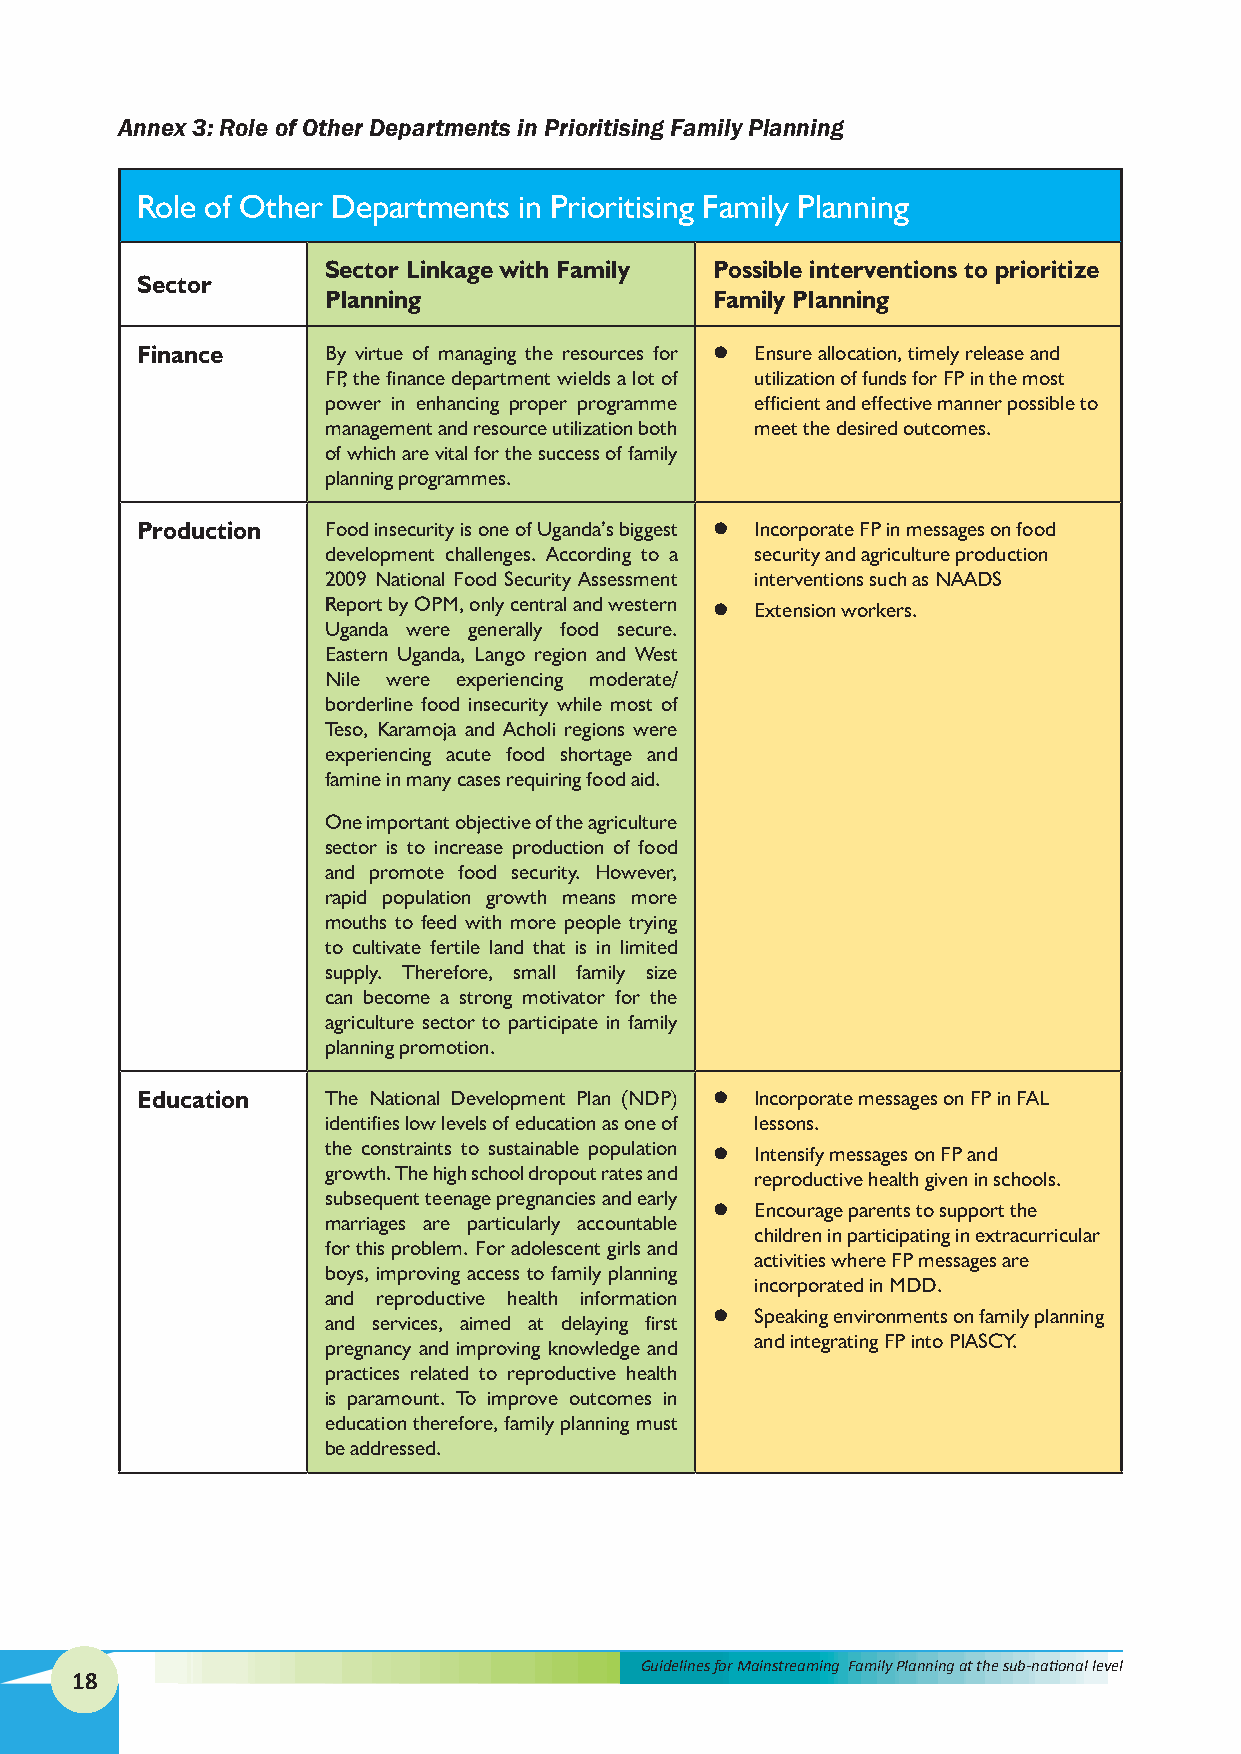
Annex 3: Role of Other Departments in Prioritising Family Planning
 Role of Other Departments in Prioritising Family Planning
 Sector Linkage with Family Possible interventions to prioritize
 Sector
 Planning                 Family Planning
 Finance      By virtue of managing the resources for l Ensure allocation, timely release and
 FP, the finance department wields a lot of utilization of funds for FP in the most
 power in enhancing proper programme efficient and effective manner possible to
 management and resource utilization both meet the desired outcomes.
 of which are vital for the success of family
 planning programmes.
 Production   Food insecurity is one of Uganda’s biggest l Incorporate FP in messages on food
 development challenges. According to a security and agriculture production
 2009 National Food Security Assessment interventions such as NAADS
 Report by OPM, only central and western l Extension workers.
 Uganda were generally food secure.
 Eastern Uganda, Lango region and West
 Nile were experiencing moderate/
 borderline food insecurity while most of
 Teso, Karamoja and Acholi regions were
 experiencing acute food shortage and
 famine in many cases requiring food aid.
 One important objective of the agriculture
 sector is to increase production of food
 and promote food security. However,
 rapid population growth means more
 mouths to feed with more people trying
 to cultivate fertile land that is in limited
 supply. Therefore, small family size
 can become a strong motivator for the
 agriculture sector to participate in family
 planning promotion.
 Education    The National Development Plan (NDP) l Incorporate messages on FP in FAL
 identifies low levels of education as one of lessons.
 the constraints to sustainable population l Intensify messages on FP and
 growth. The high school dropout rates and reproductive health given in schools.
 subsequent teenage pregnancies and early
 l  Encourage parents to support the
 marriages are particularly accountable
 children in participating in extracurricular
 for this problem. For adolescent girls and
 activities where FP messages are
 boys, improving access to family planning
 incorporated in MDD.
 and reproductive health information
 l  Speaking environments on family planning
 and services, aimed at delaying first
 and integrating FP into PIASCY.
 pregnancy and improving knowledge and
 practices related to reproductive health
 is paramount. To improve outcomes in
 education therefore, family planning must
 be addressed.
 Guidelines for Mainstreaming Family Planning at the sub-national level
 18